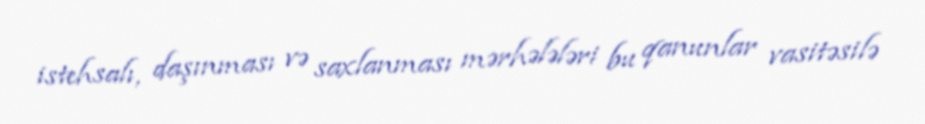
istehsalı, daşınması və saxlanması mərhələləri bu qanunlar vasitəsilə